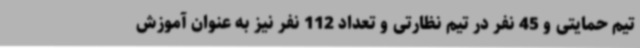
تیم حمایتی و 45 نفر در تیم نظارتی و تعداد 112 نفر نیز به عنوان آموزش